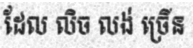
ដែល លិច លង់ ច្រើន